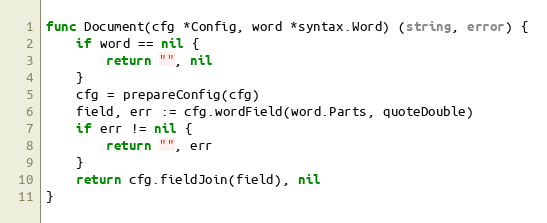
Language: Go
func Document(cfg *Config, word *syntax.Word) (string, error) {
	if word == nil {
		return "", nil
	}
	cfg = prepareConfig(cfg)
	field, err := cfg.wordField(word.Parts, quoteDouble)
	if err != nil {
		return "", err
	}
	return cfg.fieldJoin(field), nil
}